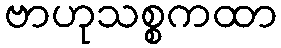
ဗာဟုသစ္စကထာ